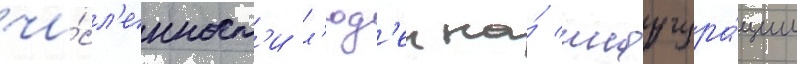
чи́сл'енност'и л'юд'еи на́ инаугура́ции